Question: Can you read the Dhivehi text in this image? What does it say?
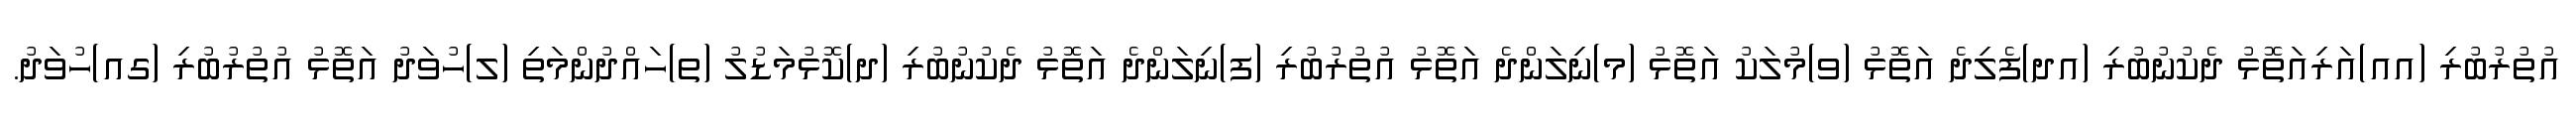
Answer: އުތުރުބުރި (އއ)އަރިއަތޮޅު ދެކުނުބުރި (އދ)ފެލިދެ އަތޮޅު (ވ)މުލަކު އަތޮޅު (މ)ނިލަންދެ އަތޮޅު އުތުރުބުރި (ފ)ނިލަންދެ އަތޮޅު ދެކުނުބުރި (ދ)ކޮޅުމަޑުލު (ތ)ހައްދުންމަތި (ލ)ހުވަދު އަތޮޅު އުތުރުބުރި (ގއ)ހުވަދު.